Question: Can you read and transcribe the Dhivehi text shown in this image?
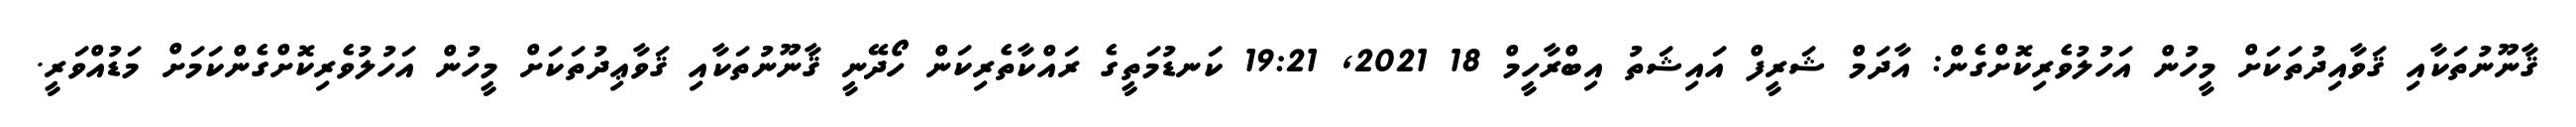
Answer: ޤާނޫނުތަކާއި ޤަވާއިދުތަކަށް މީހުން އަހުލުވެރިކޮށްގެން: އާދަމް ޝަރީފް އައިޝަތު އިބްރާހީމް 18 2021, 19:21 ކަނޑުމަތީގެ ރައްކާތެރިކަން ހޯދޭނީ ޤާނޫނުތަކާއި ޤަވާޢިދުތަކަށް މީހުން އަހުލުވެރިކޮށްގެންކަމަށް މަޑުއްވަރީ.